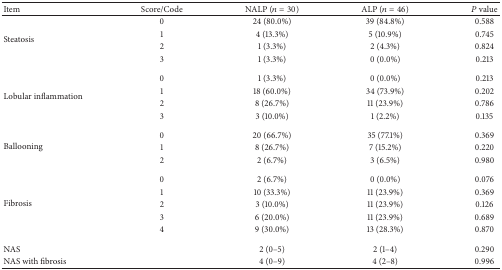
<table><thead><tr><td><b>Item</b></td><td><b>Score/Code</b></td><td><b> NALP (<i>n</i> = 30)</b></td><td><b>ALP (<i>n</i> = 46)</b></td><td><b><i>P</i> value</b></td></tr></thead><tbody><tr><td rowspan="4">Steatosis</td><td>0</td><td>24 (80.0%)</td><td>39 (84.8%)</td><td>0.588</td></tr><tr><td>1</td><td>4 (13.3%)</td><td>5 (10.9%)</td><td>0.745</td></tr><tr><td>2</td><td>1 (3.3%)</td><td>2 (4.3%)</td><td>0.824</td></tr><tr><td>3</td><td>1 (3.3%)</td><td>0 (0.0%)</td><td>0.213</td></tr><tr><td rowspan="4">Lobular inflammation</td><td>0</td><td>1 (3.3%)</td><td>0 (0.0%)</td><td>0.213</td></tr><tr><td>1</td><td>18 (60.0%)</td><td>34 (73.9%)</td><td>0.202</td></tr><tr><td>2</td><td>8 (26.7%)</td><td>11 (23.9%)</td><td>0.786</td></tr><tr><td>3</td><td>3 (10.0%)</td><td>1 (2.2%)</td><td>0.135</td></tr><tr><td rowspan="3">Ballooning</td><td>0</td><td>20 (66.7%)</td><td>35 (77.1%)</td><td>0.369</td></tr><tr><td>1</td><td>8 (26.7%)</td><td>7 (15.2%)</td><td>0.220</td></tr><tr><td>2</td><td>2 (6.7%) </td><td>3 (6.5%)</td><td>0.980</td></tr><tr><td rowspan="5">Fibrosis</td><td>0</td><td>2 (6.7%)</td><td>0 (0.0%)</td><td>0.076</td></tr><tr><td>1</td><td>10 (33.3%)</td><td>11 (23.9%)</td><td>0.369</td></tr><tr><td>2</td><td>3 (10.0%)</td><td>11 (23.9%)</td><td>0.126</td></tr><tr><td>3</td><td>6 (20.0%)</td><td>11 (23.9%)</td><td>0.689</td></tr><tr><td>4</td><td>9 (30.0%)</td><td>13 (28.3%)</td><td>0.870</td></tr><tr><td>NAS</td><td> </td><td>2 (0–5)</td><td>2 (1–4)</td><td>0.290</td></tr><tr><td>NAS with fibrosis</td><td> </td><td>4 (0–9)</td><td>4 (2–8)</td><td>0.996</td></tr></tbody></table>